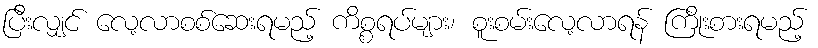
ပြီးလျှင် လေ့လာစစ်ဆေးရမည့် ကိစ္စရပ်များ၊ စူးစမ်းလေ့လာရန် ကြိုးစားရမည့်